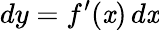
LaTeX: dy=f^{\prime}(\mathit{x})\, d\mathit{x}